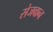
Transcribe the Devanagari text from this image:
सेजवान